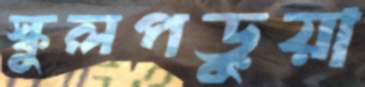
স্কুলপড়ুয়া